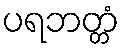
ပရဘတ္တံ